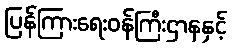
ပြန်ကြားရေးဝန်ကြီးဌာနနှင့်